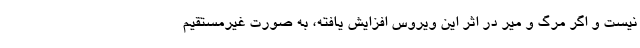
نیست و اگر مرگ و میر در اثر این ویروس افزایش یافته، به صورت غیرمستقیم